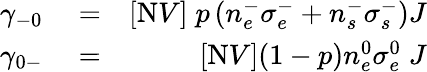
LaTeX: \begin{array}{rlr}{\gamma_{-0}}&{{}=}&{[\mathrm{N}V]\; p\left(n_{e}^{-}\sigma_{e}^{-}+n_{s}^{-}\sigma_{s}^{-}\right)J}\\ {\gamma_{0-}}&{{}=}&{[\mathrm{N}V](1-p)n_{e}^{0}\sigma_{e}^{0}\; J}\end{array}